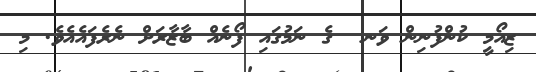
ޒިއޯމީ ކުންފުނިން ވަނ  ގެ ނަމުގައި ފޯނެއް ބާޒާރަށް ނެރެފައެއެވެ. މި